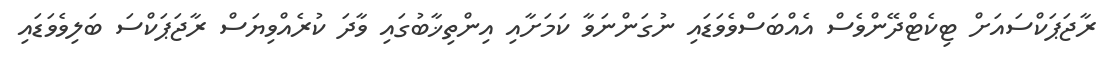
ރާޖަޕަކްސައަށް ޓިކެޓްދޭންވެސް އެއްބަސްވެވަޑައި ނުގަންނަވާ ކަމަށާއި އިންތިޚާބުގައި ވާދަ ކުރެއްވިޔަސް ރާޖަޕަކްސަ ބަލިވެވަޑައި